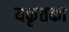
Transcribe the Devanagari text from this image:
यकृतका